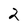
Character: 2